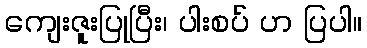
ကျေးဇူးပြုပြီး၊ ပါးစပ် ဟ ပြပါ။